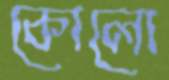
কোলো